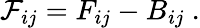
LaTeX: {\cal F}_{ij}=F_{ij}-B_{ij}\ .